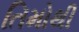
તિમોથી